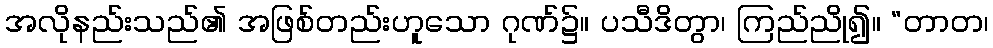
အလိုနည်းသည်၏ အဖြစ်တည်းဟူသော ဂုဏ်၌။ ပသီဒိတွာ၊ ကြည်ညို၍။ “တာတ၊